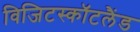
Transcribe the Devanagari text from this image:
विजिटस्कॉटलैंड